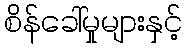
စိန်ခေါ်မှုများနှင့်